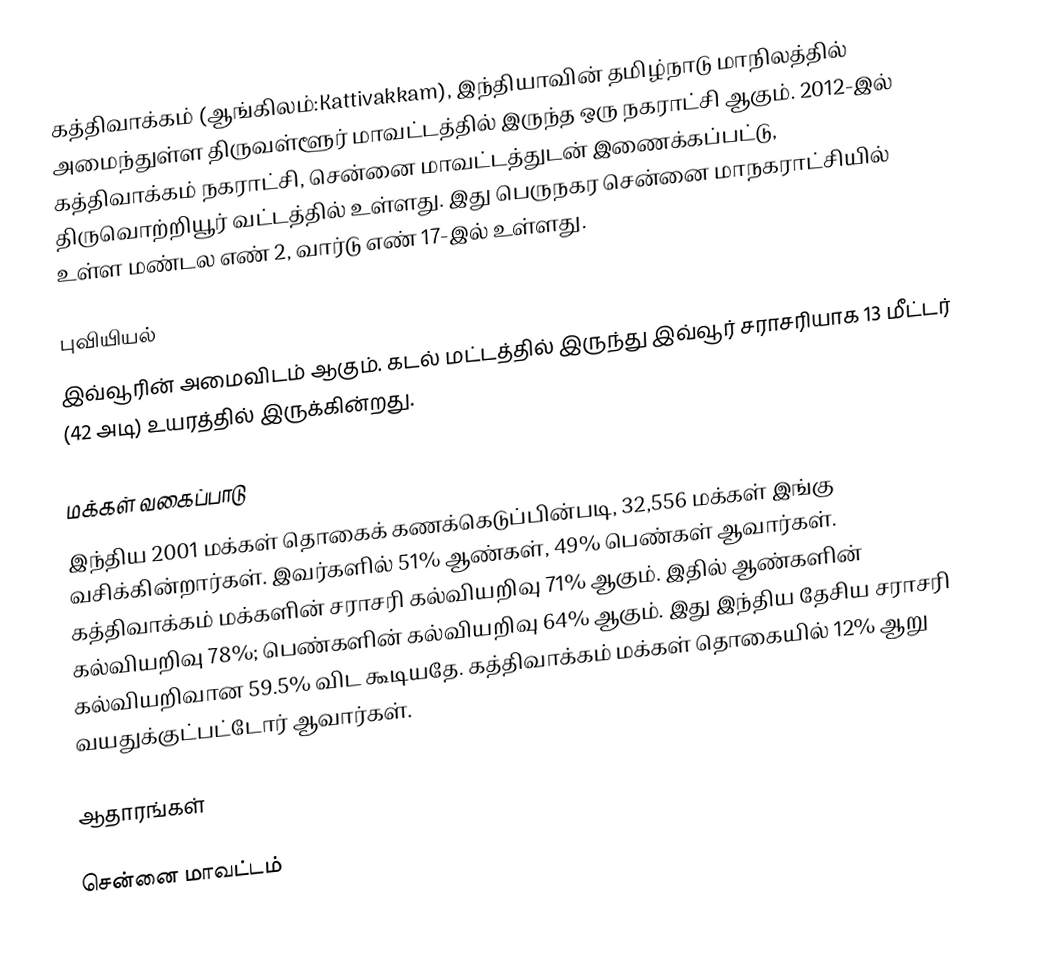
கத்திவாக்கம் (ஆங்கிலம்:Kattivakkam), இந்தியாவின் தமிழ்நாடு மாநிலத்தில் அமைந்துள்ள திருவள்ளூர் மாவட்டத்தில் இருந்த ஒரு நகராட்சி ஆகும். 2012-இல் கத்திவாக்கம் நகராட்சி, சென்னை மாவட்டத்துடன் இணைக்கப்பட்டு, திருவொற்றியூர் வட்டத்தில் உள்ளது. இது பெருநகர சென்னை மாநகராட்சியில் உள்ள மண்டல எண் 2, வார்டு எண் 17-இல் உள்ளது.

புவியியல்
இவ்வூரின் அமைவிடம்  ஆகும். கடல் மட்டத்தில் இருந்து இவ்வூர் சராசரியாக 13 மீட்டர் (42 அடி) உயரத்தில் இருக்கின்றது.

மக்கள் வகைப்பாடு
இந்திய 2001 மக்கள் தொகைக் கணக்கெடுப்பின்படி, 32,556 மக்கள் இங்கு வசிக்கின்றார்கள். இவர்களில் 51% ஆண்கள், 49% பெண்கள் ஆவார்கள். கத்திவாக்கம் மக்களின் சராசரி கல்வியறிவு 71% ஆகும்.  இதில் ஆண்களின் கல்வியறிவு 78%;  பெண்களின் கல்வியறிவு 64% ஆகும். இது இந்திய தேசிய சராசரி கல்வியறிவான 59.5% விட கூடியதே. கத்திவாக்கம் மக்கள் தொகையில் 12%  ஆறு வயதுக்குட்பட்டோர் ஆவார்கள்.

ஆதாரங்கள்

சென்னை மாவட்டம்